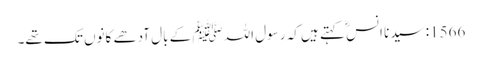
1566: سیدنا انسؓ کہتے ہیں کہ رسول اللہﷺ کے بال آدھے کانوں تک تھے۔